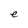
Character: e